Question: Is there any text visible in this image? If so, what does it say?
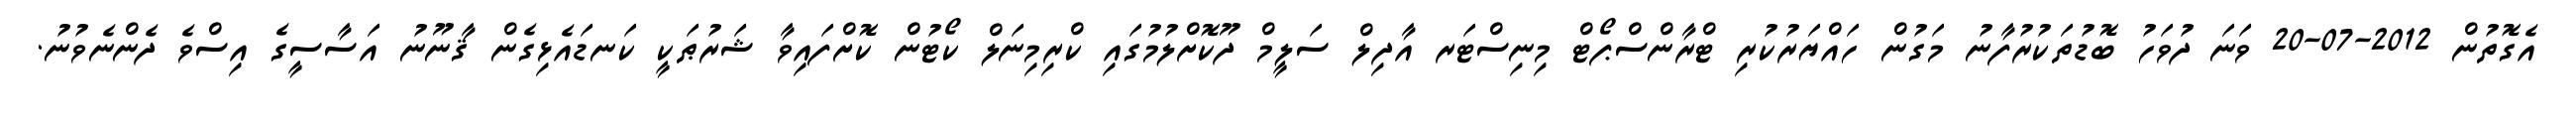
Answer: އެގޮތުން 2012-07-20 ވަނަ ދުވަހު ބޮޑުތަކުރުފާނު މަގުން ހައްޔަރުކުރި ޓްރާންސްޕޯޓް މިނިސްޓަރ އާދިލް ސަލީމް ދޫކޮށްލުމުގައި ކްރިމިނަލް ކޯޓުން ކޮށްފައިވާ ޝަރުޠަކީ ކަނޑައެޅިގެން ޤާނޫނު އަސާސީގެ އިސްވެ ދެންނެވުނު.